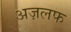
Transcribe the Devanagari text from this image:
अज़लफ